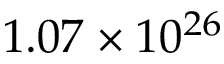
1 . 0 7 \times 1 0 ^ { 2 6 }